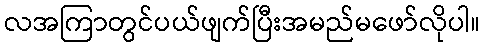
လအကြာတွင်ပယ်ဖျက်ပြီးအမည်မဖော်လိုပါ။